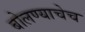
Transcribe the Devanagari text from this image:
बोलण्याचेच